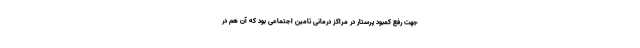
جهت رفع کمبود پرستار در مراکز درمانی تامین اجتماعی بود که آن هم در